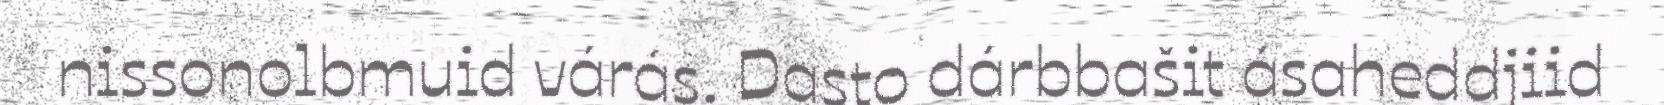
nissonolbmuid várás. Dasto dárbbašit ásaheddjiid